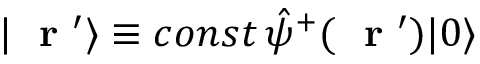
| \mathrm { ~ \bf ~ r ~ } ^ { \prime } \rangle \equiv c o n s t \, \hat { \psi } ^ { + } ( \mathrm { ~ \bf ~ r ~ } ^ { \prime } ) | 0 \rangle